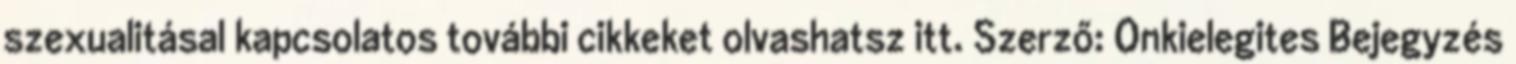
szexualitásal kapcsolatos további cikkeket olvashatsz itt. Szerző: Onkielegites Bejegyzés